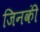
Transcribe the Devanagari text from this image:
जिनकीं